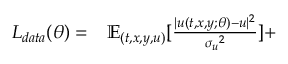
\begin{array} { r l } { L _ { d a t a } ( \theta ) = } & { { } \mathbb { E } _ { ( t , x , y , u ) } [ \frac { | { u } ( t , x , y ; \theta ) - { u } | ^ { 2 } } { { \sigma _ { u } } ^ { 2 } } ] + } \end{array}